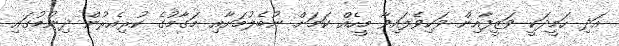
އަދި ހަމީދަކީ ވަޒީފާއިން ވަކިވެފައިވާ މީހެއް ކަމަށް ނުބެލުމަށާއި މަގާމުގެ ކުރިއެރުން ދިނުމުގައި